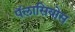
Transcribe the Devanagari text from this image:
पॅलासियोस